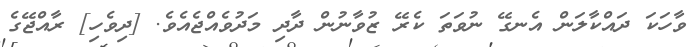
ވާހަކަ ދައްކާލަން އެނގޭ ނުވަތަ ކެރޭ ޒުވާނުން ދާދި މަދުވެއްޖެއެވެ. [ދިވެހި] ރާއްޖޭގެ